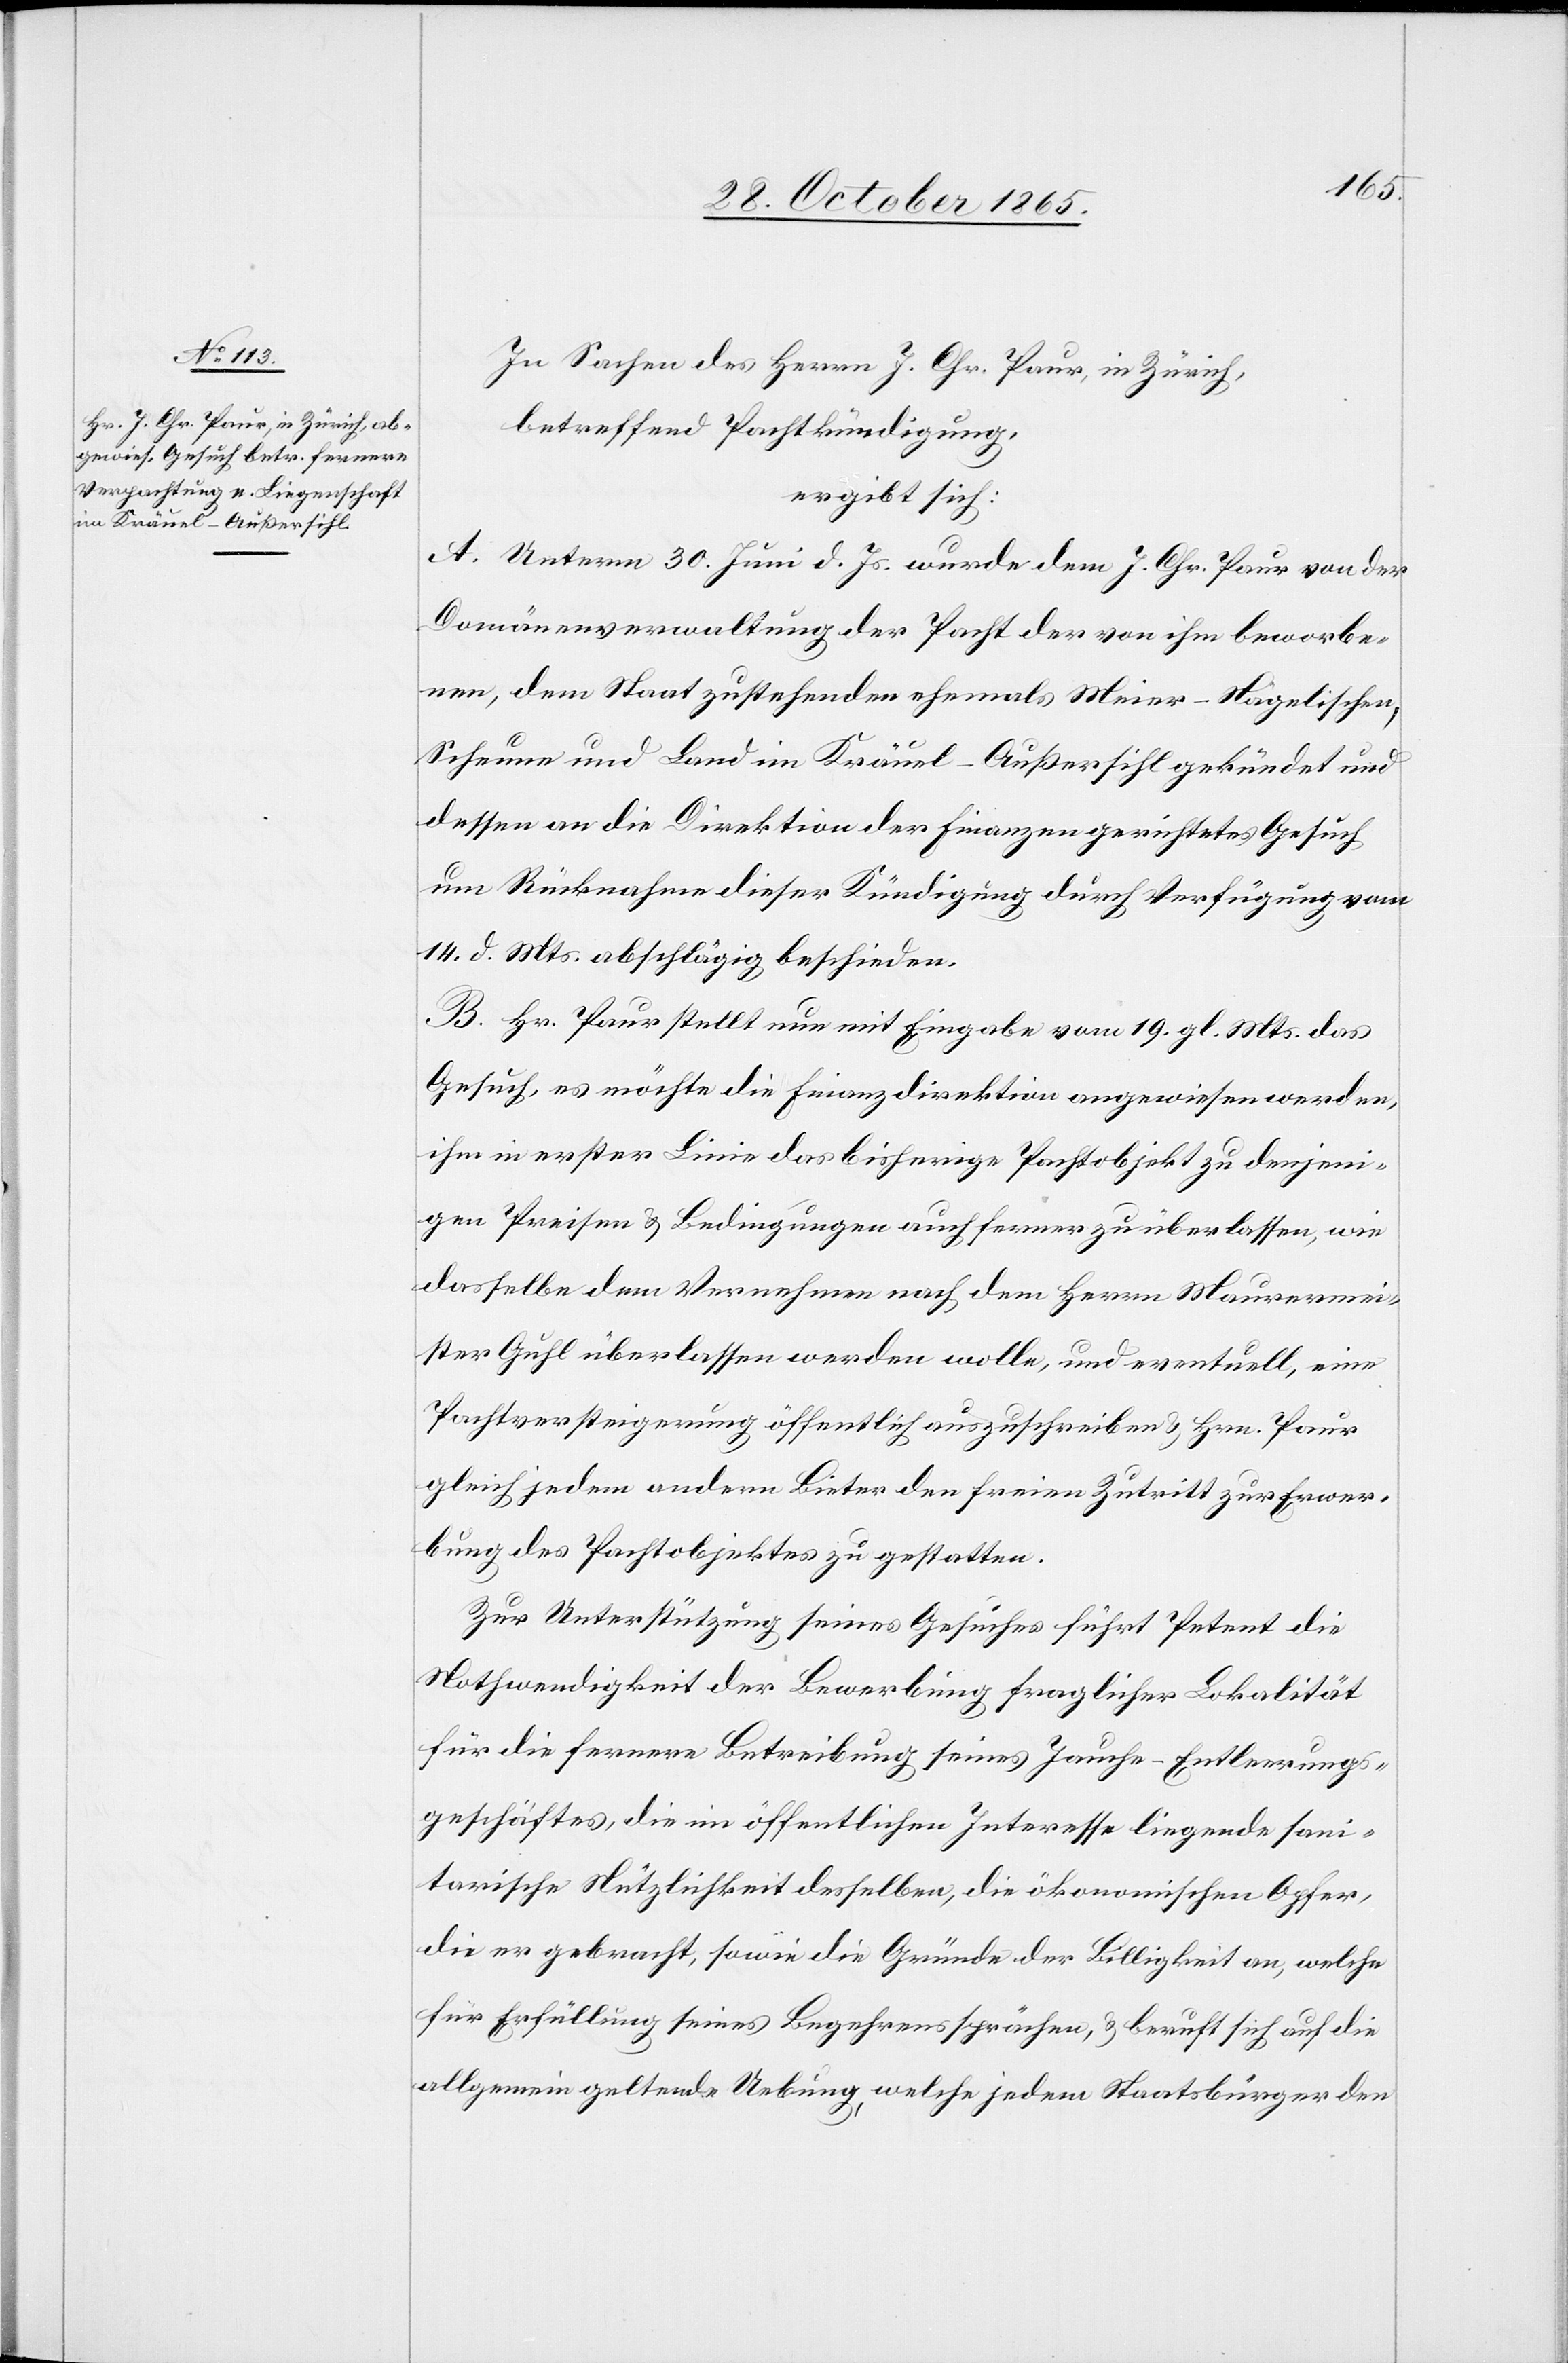
In Sachen des Herrn J. Chr. Paur, in Zürich,
betreffend Pachtkündigung,
ergibt sich:
A. Unterm 30. Juni d. Js. wurde dem J. Chr. Paur von der
Domänenverwaltung der Pacht der von ihm beworbe¬
nen, dem Staat zustehenden ehemals Meier-Nägelischen,
Scheune und Land im Kräuel - Außersihl gekündet und
dessen an die Direktion der Finanzen gerichtetes Gesuch
um Rücknahme dieser Kündigung durch Verfügung vom
14. d. Mts. abschlägig beschieden.
B. Hr. Paur stellt nun mit Eingabe vom 19. gl. Mts. das
Gesuch, es möchte die Finanzdirektion angewiesen werden,
ihm in erster Linie das bisherige Pachtobjekt zu denjeni¬
gen Preisen & Bedingungen auch ferner zu überlassen, wie
dasselbe dem Vernehmen nach dem Herrn Maurermei¬
ster Guhl überlassen werden wolle, und eventuell, eine
Pachtversteigerung öffentlich auszuschreiben & Hrn. Paur
gleich jedem andern Bieter den freien Zutritt zur Erwer¬
bung des Pachtobjektes zu gestatten.
Zur Unterstützung seines Gesuches führt Petent die
Nothwendigkeit der Bewerbung fraglicher Lokalität
für die fernere Betreibung seines Jauche-Entleerungs¬
geschäftes, die im öffentlichen Interesse liegende sani¬
tarische Nützlichkeit desselben, die ökonomischen Opfer,
die er gebracht, sowie die Gründe der Billigkeit an, welche
für Erfüllung seines Begehrens sprächen, & beruft sich auf die
allgemein geltende Uebung, welche jedem Staatsbürger den